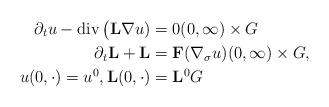
LaTeX: \begin{align*}\partial_{t} u - \mathrm{div}\,\big(\mathbf{L} \nabla u) &= 0 (0, \infty) \times G \\\partial_{t} \mathbf{L} + \mathbf{L} &= \mathbf{F}(\nabla_{\sigma} u) (0, \infty) \times G, \\u(0, \cdot) = u^{0}, \mathbf{L}(0, \cdot) &= \mathbf{L}^{0} G\end{align*}